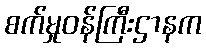
စက်မှုဝန်ကြီးဌာနက